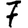
Digit: 7